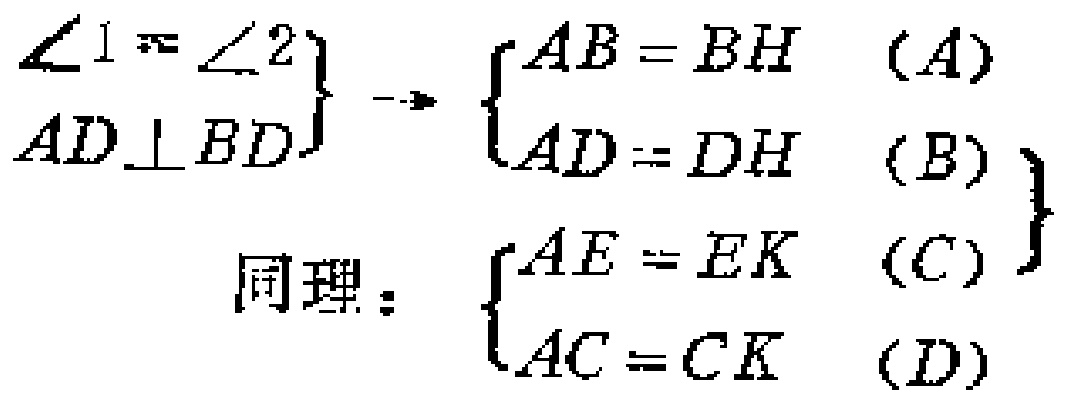
\(\left.\begin{array}{l}
\angle 1 = \angle 2\\
AD\perp BD
\end{array}\right\}
\rightarrow
\left\{\begin{array}{l}
AB = BH\quad(A)\\
AD = DH\quad(B)
\end{array}\right\}\)
同理：\(\left\{\begin{array}{l}
AE = EK\quad(C)\\
AC = CK\quad(D)
\end{array}\right\}\)